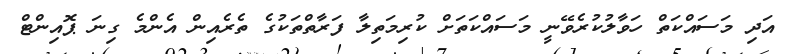
އަދި މަސައްކަތް ހަވާލުކުރެވޭނީ މަސައްކަތަށް ކުރިމަތިލާ ފަރާތްތަކުގެ ތެރެއިން އެންމެ ގިނަ ޕޮއިންޓް